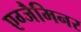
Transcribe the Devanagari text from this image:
एग्जैमिनर